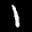
Label: 1